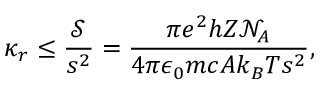
\kappa _ { r } \leq \frac { \mathscr { S } } { s ^ { 2 } } = \frac { \pi e ^ { 2 } h Z \mathcal { N } _ { A } } { 4 \pi \epsilon _ { 0 } m c A k _ { B } T s ^ { 2 } } ,